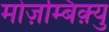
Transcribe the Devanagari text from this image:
मोज़म्बिक़्यु